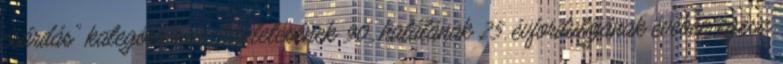
csárdás" kategóriában. Születésének 90., halálának 25. évfordulójának évében egész